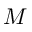
\boldsymbol { { M } }